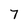
Character: 7